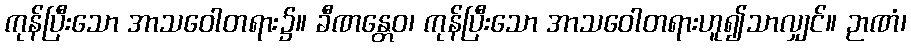
ကုန်ပြီးသော အာသဝေါတရား၌။ ခီဏန္တေဝ၊ ကုန်ပြီးသော အာသဝေါတရားဟူ၍သာလျှင်။ ဉာဏံ၊